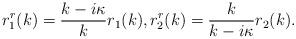
LaTeX: \begin{align*} {r}^{r}_1(k)=\frac{k-i\kappa}{k}r_1(k), {r}^{r}_2(k)=\frac{k}{k-i\kappa}r_2(k). \end{align*}